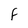
Character: F